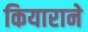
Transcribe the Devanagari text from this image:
कियाराने